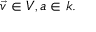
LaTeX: { \vec { v } } \in V , a \in k .